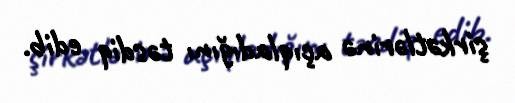
şirkətlərinə açıqladığını təsdiq edib.